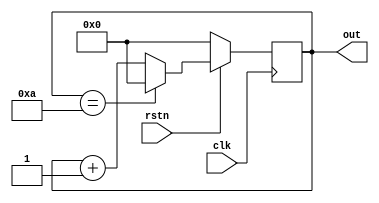
module T13_modulo_10_counter (
    input clk, rstn,
    output reg [3:0] out);

    always @(posedge clk) begin
        // reset nya
        if (!rstn) begin
            out <= 0;
        end 
        else begin
            // counter nya
            if (out == 10) begin
                out <= 0;
            end else begin
                    out <= out + 1;
                end
            end
    end    
endmodule

module T13_Tb_modulo_10_counter;

    reg clk, rstn;
    wire [3:0] out;

    T13_modulo_10_counter tb (.clk(clk), .rstn(rstn), .out(out));

    always #10 clk = ~clk;

    initial begin
        {clk, rstn} <= 0;

        #10 rstn <= 1;
        // #450 $finish;
    end
endmodule